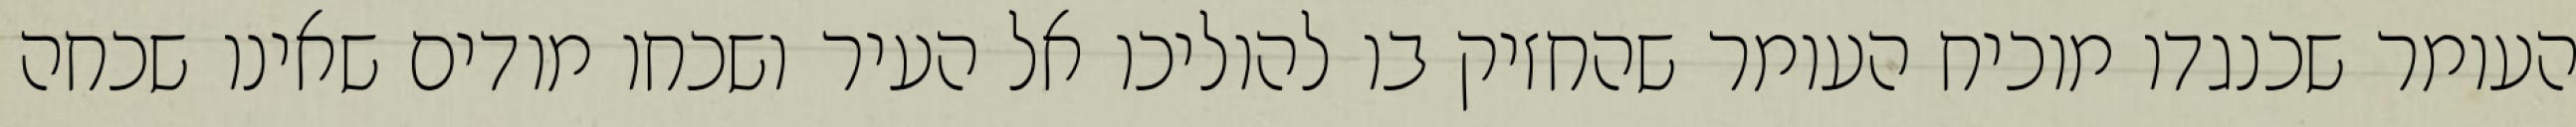
העומר שכנגדו מוכיח העומר שהחזיק בו להוליכו אל העיר ושכחו מודים שאינו שכחה